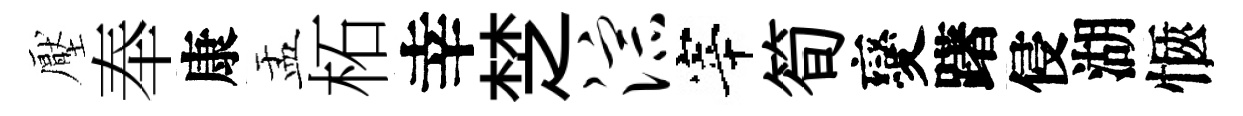
壓奉康盂柘幸椘淙宰筍變躇侵湖愜